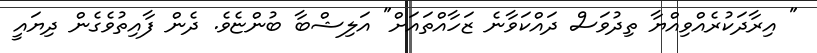
" އިރާދަކުރެއްވިއްޔާ ތިދުވަސް ދައްކަވާނެ ޒަހާއްތައަށް" އަލިޝްބާ ބުންޏެވެ. ދެން ފާއިތުވެގެން ދިޔައީ